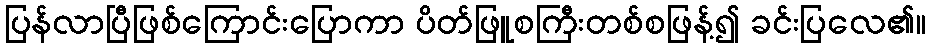
ပြန်လာပြီဖြစ်ကြောင်းပြောကာ ပိတ်ဖြူစကြီးတစ်စဖြန့်၍ ခင်းပြလေ၏။